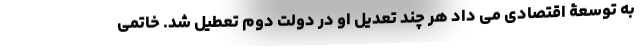
به توسعۀ اقتصادی می داد هر چند تعدیل او در دولت دوم تعطیل شد. خاتمی